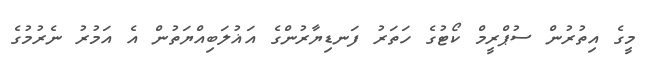
މީގެ އިތުރުން ސުޕްރީމް ކޯޓުގެ ހަތަރު ފަނޑިޔާރުންގެ އަޣުލަބިއްޔަތުން އެ އަމުރު ނެރުމުގެ